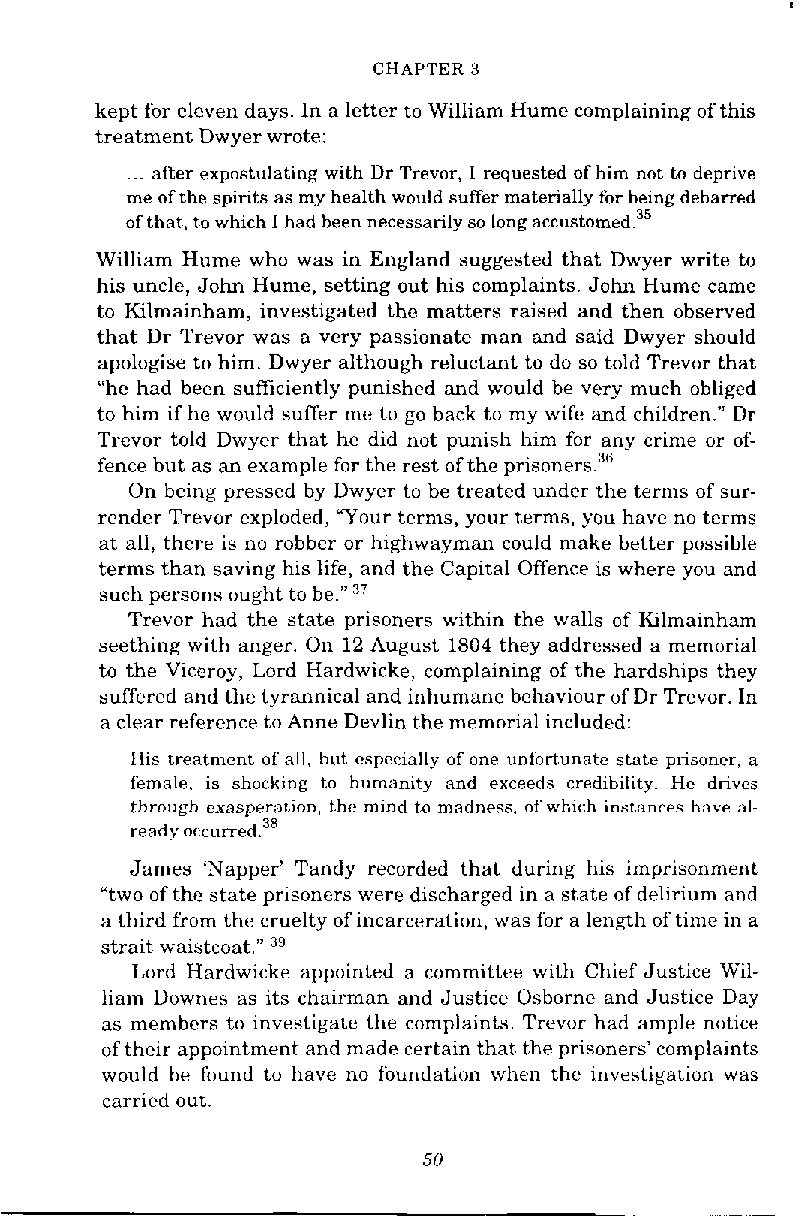
CHAPTER 3
 kept for eleven days. In a letter to William Hume complaining of this
 treatment Dwyer wrote:
 ... after expostulating with Dr Trevor, I requested of him not to deprive
 me of the spirits as my health would suffer materially for being debarred
 of that, to which I had been necessarily so long accu~tomed.~~
 William Hume who was in England suggested that Dwyer write to
 his uncle, John Hume, setting out his complaints. John Hume came
 to Kilmainham, investigated the matters raised and then observed
 that Dr Trevor was a very passionate man and said Dwyer should
 apologise to him. Dwyer although reluctant to do so told Trevor that
 "he had been sufficiently punished and would be very much ohliged
 to him if he would suffer me to go back to my wife and children." Dr
 Trevor told Dwyer that he did not punish him for any crime or of-
 fence but as an example for the rest of the prisoners.3G
 On being pressed by Dwyer to be treated under the terms of sur-
 render Trevor exploded, 'Your terms, your terms, you have no terms
 at all, there is no robber or highwayman could make better possible
 terms than saving his life, and the Capital Offence is where you and
 such persons ought to be."37
 Trevor had the state prisoners within the walls of Kilmainham
 seething with anger. On 12 August 1804 they addressed a memorial
 to the Viceroy, Lord Hardwicke, complaining of the hardships they
 suffered and the tyrannical and inhumane behaviour of Dr Trevor. In
 a clear reference to Anne Devlin the memorial included:
 His treatment of all, hut especially of one unfortunate state prisoner, a
 female, is shucking to humanity and exceeds credibility. He drives
 through uxasperation, the mind to madness, of which instances have al-
 ready occurred.38
 James 'Napper' Tandy recorded that during his imprisonment
 "two of the state prisoners were discharged in a state of delirium and
 a third from the cruelty of incarceration, was for a length of time in a
 strait waistcoat." 3"
 Lord Hardwicke appointed a committee with Chief Justice Wil-
 liam Downes as its chairman and Justice Osborne and Justice Day
 as members to investigate the complaints. Trevor had ample notice
 of their appointment and made certain that the prisoners' complaints
 would be found to have no foundation when the investigation was
 carried out.